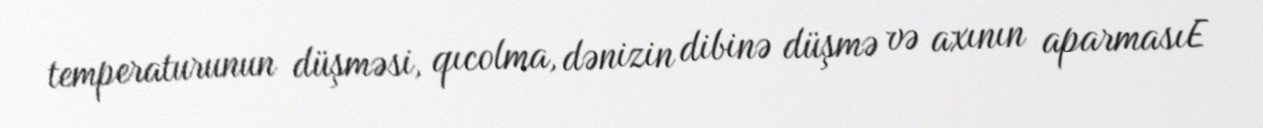
temperaturunun düşməsi, qıcolma, dənizin dibinə düşmə və axının aparmasıE